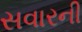
સવારની